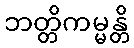
ဘတ္တိကမ္မန္တိ